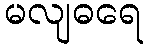
မလျဓရေ